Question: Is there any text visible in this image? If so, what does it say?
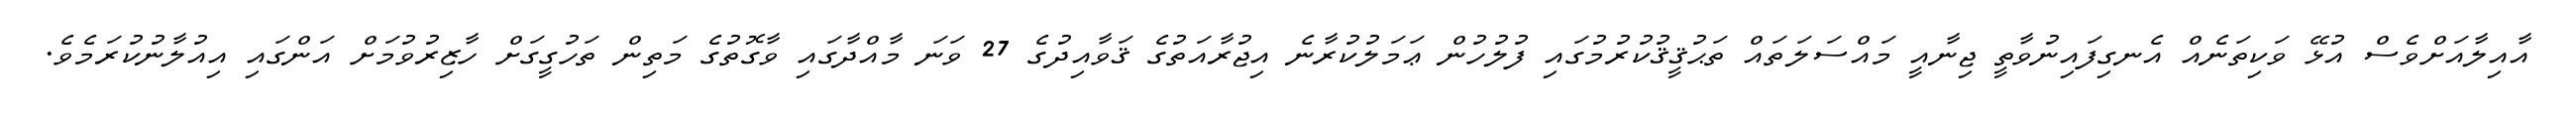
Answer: އާއިލާއަށްވެސް އުޅޭ ވަކިތަނެއް އެނގިފައިނުވާތީ ޖިނާއީ މައްސަލަތައް ތަޙުޤީޤުކުރުމުގައި ފުލުހުން ޢަމަލުކުރާނެ އިޖުރާއަތުގެ ޤަވާއިދުގެ 27 ވަނަ މާއްދާގައި ވާގޮތުގެ މަތިން ތަހުގީގަށް ހާޒިރުވުމަށް އަންގައި އިއުލާނުކުރަމެވެ.